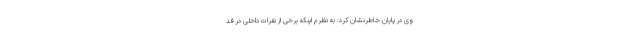
وی در پایان خاطرنشان کرد: به نظرم اینکه برخی از نفرات داخلی در فد